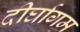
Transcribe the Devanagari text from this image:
दीर्घागम